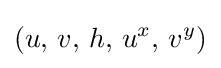
(u,\,v,\,h,\,u^{x},\,v^{y})